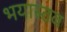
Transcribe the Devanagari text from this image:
भयास्तव